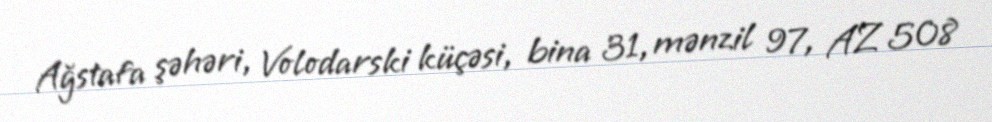
Ağstafa şəhəri, Volodarski küçəsi, bina 31, mənzil 97, AZ 508